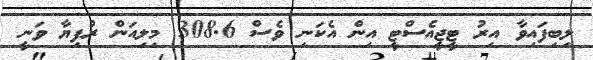
ލިބިފައިވާ އިރު ޓީޖީއެސްޓީ އިން އެކަނި ވެސް 308.6 މިލިއަން ރުފިޔާ ވަނީ